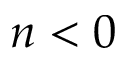
n < 0